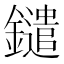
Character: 鑓